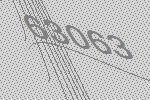
63063